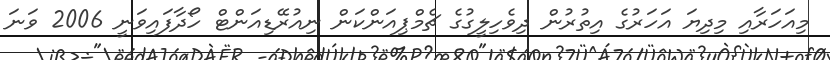
މިއަހަރާއި މިދިޔަ އަހަރުގެ އިތުރުން ދިވެހިލީގުގެ ޗެމްޕިއަންކަން ނިއުރޭޑިއަންޓް ހޯދާފައިވަނީ 2006 ވަނަ